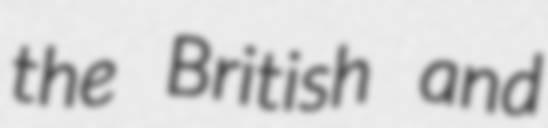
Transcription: the British and